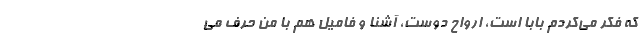
که فکر می‌کردم بابا است، ارواح دوست، آشنا و فامیل هم با من حرف می